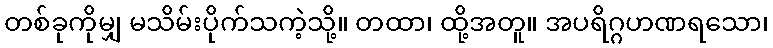
တစ်ခုကိုမျှ မသိမ်းပိုက်သကဲ့သို့။ တထာ၊ ထို့အတူ။ အပရိဂ္ဂဟဏရသော၊